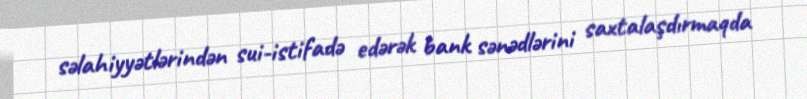
səlahiyyətlərindən sui-istifadə edərək bank sənədlərini saxtalaşdırmaqda